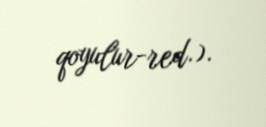
qoyulur-red.).